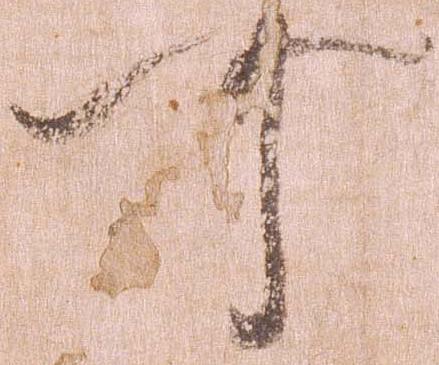
可